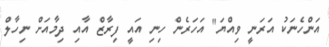
އަންހެނަކު އަރަނީ ވިއްޔަ" އަހަރެން ހިނި އައީ ފިރާޒް އާއި ދިމާއަށް ނިހާލް